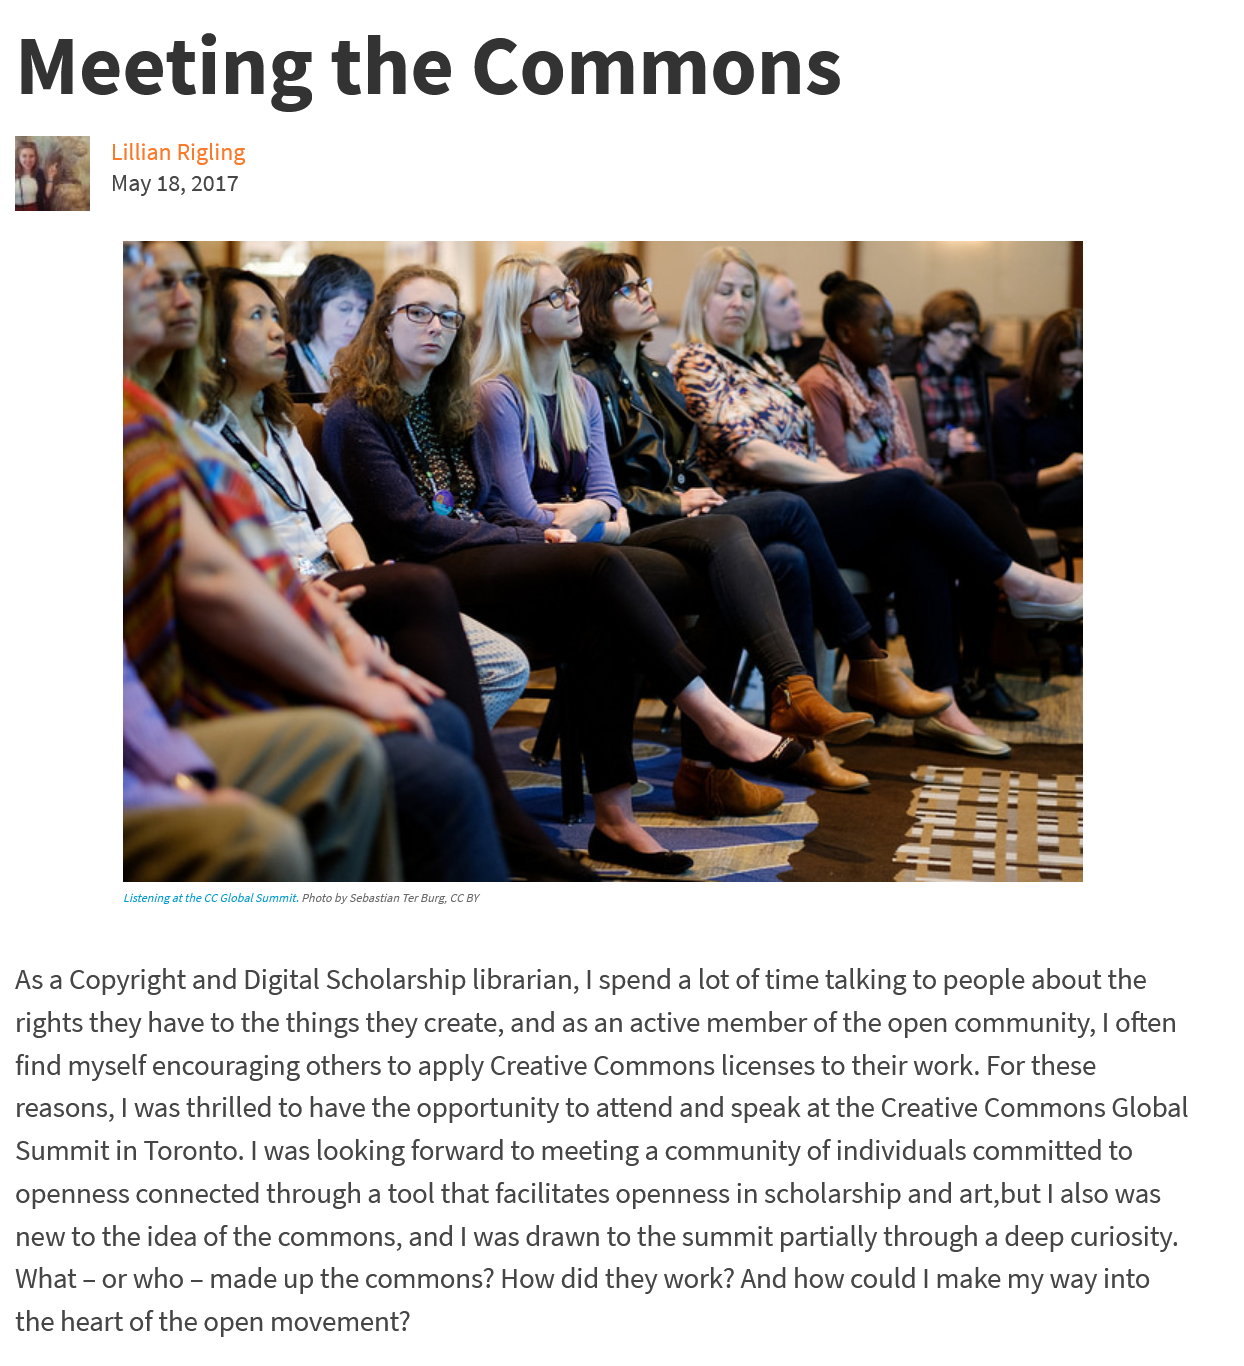
Meeting    the    Commons
     Lillian Rigling
     May 18, 2017
     Pe ti i.

  As a Copyright and Digital Scholarship librarian, | spend a lot of time talking to people about the
  rights they have to the things they create, and as an active member of the open community, | often
  find myself encouraging others to apply Creative Commons licenses to their work. For these
  reasons, | was thrilled to have the opportunity to attend and speak at the Creative Commons Global
  Summit in Toronto. | was looking forward to meeting a community of individuals committed to
  openness connected through
  a
     tool that facilitates openness in scholarship and art,but | also was
  new to the idea of the commons, and | was drawn to the summit partially through a deep curiosity.
  What
     - or who
     -
     made up the commons? How did they work? And how could | make my way into
  the heart of the open movement?